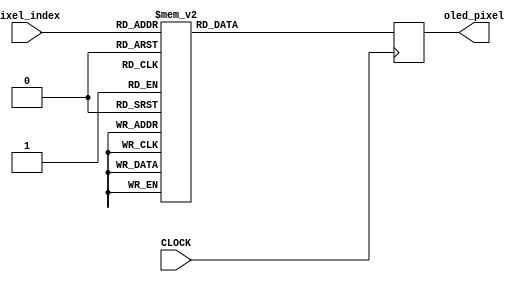
`timescale 1ns / 1ps

//////////////////////////////////////////////////////////////////////////////////
//
//  FILL IN THE FOLLOWING INFORMATION:
//  STUDENT A NAME: 
//  STUDENT B NAME:
//  STUDENT C NAME: 
//  STUDENT D NAME:  
//
//////////////////////////////////////////////////////////////////////////////////


module recognition(input CLOCK,input [10:0] pixel_index, output reg [15:0] oled_pixel = 0);

always@(posedge CLOCK) begin
case(pixel_index)
104:oled_pixel <= 16'b1111111111111111;
105:oled_pixel <= 16'b1111111111111111;
106:oled_pixel <= 16'b1111111111111111;
107:oled_pixel <= 16'b1111111111111111;
111:oled_pixel <= 16'b1111111111111111;
112:oled_pixel <= 16'b1111111111111111;
113:oled_pixel <= 16'b1111111111111111;
114:oled_pixel <= 16'b1111111111111111;
118:oled_pixel <= 16'b1111111111111111;
119:oled_pixel <= 16'b1111111111111111;
120:oled_pixel <= 16'b1111111111111111;
121:oled_pixel <= 16'b1111111111111111;
125:oled_pixel <= 16'b1111111111111111;
126:oled_pixel <= 16'b1111111111111111;
127:oled_pixel <= 16'b1111111111111111;
128:oled_pixel <= 16'b1111111111111111;
129:oled_pixel <= 16'b1111111111111111;
130:oled_pixel <= 16'b1111111111111111;
134:oled_pixel <= 16'b1111111111111111;
135:oled_pixel <= 16'b1111111111111111;
136:oled_pixel <= 16'b1111111111111111;
137:oled_pixel <= 16'b1111111111111111;
138:oled_pixel <= 16'b1111111111111111;
142:oled_pixel <= 16'b1111111111111111;
147:oled_pixel <= 16'b1111111111111111;
151:oled_pixel <= 16'b1111111111111111;
154:oled_pixel <= 16'b1111111111111111;
155:oled_pixel <= 16'b1111111111111111;
156:oled_pixel <= 16'b1111111111111111;
157:oled_pixel <= 16'b1111111111111111;
158:oled_pixel <= 16'b1111111111111111;
159:oled_pixel <= 16'b1111111111111111;
160:oled_pixel <= 16'b1111111111111111;
161:oled_pixel <= 16'b1111111111111111;
165:oled_pixel <= 16'b1111111111111111;
168:oled_pixel <= 16'b1111111111111111;
169:oled_pixel <= 16'b1111111111111111;
170:oled_pixel <= 16'b1111111111111111;
171:oled_pixel <= 16'b1111111111111111;
172:oled_pixel <= 16'b1111111111111111;
173:oled_pixel <= 16'b1111111111111111;
177:oled_pixel <= 16'b1111111111111111;
182:oled_pixel <= 16'b1111111111111111;
199:oled_pixel <= 16'b1111111111111111;
200:oled_pixel <= 16'b1111111111111111;
201:oled_pixel <= 16'b1111111111111111;
202:oled_pixel <= 16'b1111111111111111;
203:oled_pixel <= 16'b1111111111111111;
204:oled_pixel <= 16'b1111111111111111;
206:oled_pixel <= 16'b1111111111111111;
207:oled_pixel <= 16'b1111111111111111;
208:oled_pixel <= 16'b1111111111111111;
209:oled_pixel <= 16'b1111111111111111;
210:oled_pixel <= 16'b1111111111111111;
211:oled_pixel <= 16'b1111111111111111;
213:oled_pixel <= 16'b1111111111111111;
214:oled_pixel <= 16'b1111111111111111;
215:oled_pixel <= 16'b1111111111111111;
216:oled_pixel <= 16'b1111111111111111;
217:oled_pixel <= 16'b1111111111111111;
218:oled_pixel <= 16'b1111111111111111;
220:oled_pixel <= 16'b1111111111111111;
221:oled_pixel <= 16'b1111111111111111;
222:oled_pixel <= 16'b1111111111111111;
223:oled_pixel <= 16'b1111111111111111;
224:oled_pixel <= 16'b1111111111111111;
225:oled_pixel <= 16'b1111111111111111;
226:oled_pixel <= 16'b1111111111111111;
227:oled_pixel <= 16'b1111111111111111;
229:oled_pixel <= 16'b1111111111111111;
230:oled_pixel <= 16'b1111111111111111;
231:oled_pixel <= 16'b1111111111111111;
232:oled_pixel <= 16'b1111111111111111;
233:oled_pixel <= 16'b1111111111111111;
234:oled_pixel <= 16'b1111111111111111;
235:oled_pixel <= 16'b1111111111111111;
237:oled_pixel <= 16'b1111111111111111;
238:oled_pixel <= 16'b1111111111111111;
239:oled_pixel <= 16'b1111111111111111;
243:oled_pixel <= 16'b1111111111111111;
244:oled_pixel <= 16'b1111111111111111;
246:oled_pixel <= 16'b1111111111111111;
247:oled_pixel <= 16'b1111111111111111;
249:oled_pixel <= 16'b1111111111111111;
250:oled_pixel <= 16'b1111111111111111;
251:oled_pixel <= 16'b1111111111111111;
252:oled_pixel <= 16'b1111111111111111;
253:oled_pixel <= 16'b1111111111111111;
254:oled_pixel <= 16'b1111111111111111;
255:oled_pixel <= 16'b1111111111111111;
256:oled_pixel <= 16'b1111111111111111;
257:oled_pixel <= 16'b1111111111111111;
258:oled_pixel <= 16'b1111111111111111;
260:oled_pixel <= 16'b1111111111111111;
261:oled_pixel <= 16'b1111111111111111;
263:oled_pixel <= 16'b1111111111111111;
264:oled_pixel <= 16'b1111111111111111;
265:oled_pixel <= 16'b1111111111111111;
266:oled_pixel <= 16'b1111111111111111;
267:oled_pixel <= 16'b1111111111111111;
268:oled_pixel <= 16'b1111111111111111;
269:oled_pixel <= 16'b1111111111111111;
270:oled_pixel <= 16'b1111111111111111;
272:oled_pixel <= 16'b1111111111111111;
273:oled_pixel <= 16'b1111111111111111;
274:oled_pixel <= 16'b1111111111111111;
278:oled_pixel <= 16'b1111111111111111;
279:oled_pixel <= 16'b1111111111111111;
295:oled_pixel <= 16'b1111111111111111;
296:oled_pixel <= 16'b1111111111111111;
299:oled_pixel <= 16'b1111111111111111;
300:oled_pixel <= 16'b1111111111111111;
302:oled_pixel <= 16'b1111111111111111;
303:oled_pixel <= 16'b1111111111111111;
304:oled_pixel <= 16'b1111111111111111;
309:oled_pixel <= 16'b1111111111111111;
310:oled_pixel <= 16'b1111111111111111;
311:oled_pixel <= 16'b1111111111111111;
316:oled_pixel <= 16'b1111111111111111;
317:oled_pixel <= 16'b1111111111111111;
318:oled_pixel <= 16'b1111111111111111;
321:oled_pixel <= 16'b1111111111111111;
322:oled_pixel <= 16'b1111111111111111;
323:oled_pixel <= 16'b1111111111111111;
325:oled_pixel <= 16'b1111111111111111;
326:oled_pixel <= 16'b1111111111111111;
327:oled_pixel <= 16'b1111111111111111;
333:oled_pixel <= 16'b1111111111111111;
334:oled_pixel <= 16'b1111111111111111;
335:oled_pixel <= 16'b1111111111111111;
336:oled_pixel <= 16'b1111111111111111;
339:oled_pixel <= 16'b1111111111111111;
340:oled_pixel <= 16'b1111111111111111;
342:oled_pixel <= 16'b1111111111111111;
343:oled_pixel <= 16'b1111111111111111;
349:oled_pixel <= 16'b1111111111111111;
350:oled_pixel <= 16'b1111111111111111;
356:oled_pixel <= 16'b1111111111111111;
357:oled_pixel <= 16'b1111111111111111;
359:oled_pixel <= 16'b1111111111111111;
360:oled_pixel <= 16'b1111111111111111;
361:oled_pixel <= 16'b1111111111111111;
364:oled_pixel <= 16'b1111111111111111;
365:oled_pixel <= 16'b1111111111111111;
366:oled_pixel <= 16'b1111111111111111;
368:oled_pixel <= 16'b1111111111111111;
369:oled_pixel <= 16'b1111111111111111;
370:oled_pixel <= 16'b1111111111111111;
371:oled_pixel <= 16'b1111111111111111;
374:oled_pixel <= 16'b1111111111111111;
375:oled_pixel <= 16'b1111111111111111;
391:oled_pixel <= 16'b1111111111111111;
392:oled_pixel <= 16'b1111111111111111;
395:oled_pixel <= 16'b1111111111111111;
396:oled_pixel <= 16'b1111111111111111;
398:oled_pixel <= 16'b1111111111111111;
399:oled_pixel <= 16'b1111111111111111;
405:oled_pixel <= 16'b1111111111111111;
406:oled_pixel <= 16'b1111111111111111;
412:oled_pixel <= 16'b1111111111111111;
413:oled_pixel <= 16'b1111111111111111;
418:oled_pixel <= 16'b1111111111111111;
419:oled_pixel <= 16'b1111111111111111;
421:oled_pixel <= 16'b1111111111111111;
422:oled_pixel <= 16'b1111111111111111;
429:oled_pixel <= 16'b1111111111111111;
430:oled_pixel <= 16'b1111111111111111;
431:oled_pixel <= 16'b1111111111111111;
432:oled_pixel <= 16'b1111111111111111;
433:oled_pixel <= 16'b1111111111111111;
435:oled_pixel <= 16'b1111111111111111;
436:oled_pixel <= 16'b1111111111111111;
438:oled_pixel <= 16'b1111111111111111;
439:oled_pixel <= 16'b1111111111111111;
445:oled_pixel <= 16'b1111111111111111;
446:oled_pixel <= 16'b1111111111111111;
452:oled_pixel <= 16'b1111111111111111;
453:oled_pixel <= 16'b1111111111111111;
455:oled_pixel <= 16'b1111111111111111;
456:oled_pixel <= 16'b1111111111111111;
461:oled_pixel <= 16'b1111111111111111;
462:oled_pixel <= 16'b1111111111111111;
464:oled_pixel <= 16'b1111111111111111;
465:oled_pixel <= 16'b1111111111111111;
466:oled_pixel <= 16'b1111111111111111;
467:oled_pixel <= 16'b1111111111111111;
468:oled_pixel <= 16'b1111111111111111;
470:oled_pixel <= 16'b1111111111111111;
471:oled_pixel <= 16'b1111111111111111;
487:oled_pixel <= 16'b1111111111111111;
488:oled_pixel <= 16'b1111111111111111;
490:oled_pixel <= 16'b1111111111111111;
491:oled_pixel <= 16'b1111111111111111;
492:oled_pixel <= 16'b1111111111111111;
494:oled_pixel <= 16'b1111111111111111;
495:oled_pixel <= 16'b1111111111111111;
496:oled_pixel <= 16'b1111111111111111;
497:oled_pixel <= 16'b1111111111111111;
501:oled_pixel <= 16'b1111111111111111;
502:oled_pixel <= 16'b1111111111111111;
508:oled_pixel <= 16'b1111111111111111;
509:oled_pixel <= 16'b1111111111111111;
514:oled_pixel <= 16'b1111111111111111;
515:oled_pixel <= 16'b1111111111111111;
517:oled_pixel <= 16'b1111111111111111;
518:oled_pixel <= 16'b1111111111111111;
521:oled_pixel <= 16'b1111111111111111;
522:oled_pixel <= 16'b1111111111111111;
523:oled_pixel <= 16'b1111111111111111;
525:oled_pixel <= 16'b1111111111111111;
526:oled_pixel <= 16'b1111111111111111;
528:oled_pixel <= 16'b1111111111111111;
529:oled_pixel <= 16'b1111111111111111;
530:oled_pixel <= 16'b1111111111111111;
531:oled_pixel <= 16'b1111111111111111;
532:oled_pixel <= 16'b1111111111111111;
534:oled_pixel <= 16'b1111111111111111;
535:oled_pixel <= 16'b1111111111111111;
541:oled_pixel <= 16'b1111111111111111;
542:oled_pixel <= 16'b1111111111111111;
548:oled_pixel <= 16'b1111111111111111;
549:oled_pixel <= 16'b1111111111111111;
551:oled_pixel <= 16'b1111111111111111;
552:oled_pixel <= 16'b1111111111111111;
557:oled_pixel <= 16'b1111111111111111;
558:oled_pixel <= 16'b1111111111111111;
560:oled_pixel <= 16'b1111111111111111;
561:oled_pixel <= 16'b1111111111111111;
563:oled_pixel <= 16'b1111111111111111;
564:oled_pixel <= 16'b1111111111111111;
565:oled_pixel <= 16'b1111111111111111;
566:oled_pixel <= 16'b1111111111111111;
567:oled_pixel <= 16'b1111111111111111;
583:oled_pixel <= 16'b1111111111111111;
584:oled_pixel <= 16'b1111111111111111;
585:oled_pixel <= 16'b1111111111111111;
586:oled_pixel <= 16'b1111111111111111;
587:oled_pixel <= 16'b1111111111111111;
590:oled_pixel <= 16'b1111111111111111;
591:oled_pixel <= 16'b1111111111111111;
592:oled_pixel <= 16'b1111111111111111;
593:oled_pixel <= 16'b1111111111111111;
597:oled_pixel <= 16'b1111111111111111;
598:oled_pixel <= 16'b1111111111111111;
604:oled_pixel <= 16'b1111111111111111;
605:oled_pixel <= 16'b1111111111111111;
610:oled_pixel <= 16'b1111111111111111;
611:oled_pixel <= 16'b1111111111111111;
613:oled_pixel <= 16'b1111111111111111;
614:oled_pixel <= 16'b1111111111111111;
616:oled_pixel <= 16'b1111111111111111;
617:oled_pixel <= 16'b1111111111111111;
618:oled_pixel <= 16'b1111111111111111;
619:oled_pixel <= 16'b1111111111111111;
621:oled_pixel <= 16'b1111111111111111;
622:oled_pixel <= 16'b1111111111111111;
625:oled_pixel <= 16'b1111111111111111;
626:oled_pixel <= 16'b1111111111111111;
627:oled_pixel <= 16'b1111111111111111;
628:oled_pixel <= 16'b1111111111111111;
630:oled_pixel <= 16'b1111111111111111;
631:oled_pixel <= 16'b1111111111111111;
637:oled_pixel <= 16'b1111111111111111;
638:oled_pixel <= 16'b1111111111111111;
644:oled_pixel <= 16'b1111111111111111;
645:oled_pixel <= 16'b1111111111111111;
647:oled_pixel <= 16'b1111111111111111;
648:oled_pixel <= 16'b1111111111111111;
653:oled_pixel <= 16'b1111111111111111;
654:oled_pixel <= 16'b1111111111111111;
656:oled_pixel <= 16'b1111111111111111;
657:oled_pixel <= 16'b1111111111111111;
660:oled_pixel <= 16'b1111111111111111;
661:oled_pixel <= 16'b1111111111111111;
662:oled_pixel <= 16'b1111111111111111;
663:oled_pixel <= 16'b1111111111111111;
679:oled_pixel <= 16'b1111111111111111;
680:oled_pixel <= 16'b1111111111111111;
681:oled_pixel <= 16'b1111111111111111;
682:oled_pixel <= 16'b1111111111111111;
686:oled_pixel <= 16'b1111111111111111;
687:oled_pixel <= 16'b1111111111111111;
693:oled_pixel <= 16'b1111111111111111;
694:oled_pixel <= 16'b1111111111111111;
700:oled_pixel <= 16'b1111111111111111;
701:oled_pixel <= 16'b1111111111111111;
706:oled_pixel <= 16'b1111111111111111;
707:oled_pixel <= 16'b1111111111111111;
709:oled_pixel <= 16'b1111111111111111;
710:oled_pixel <= 16'b1111111111111111;
714:oled_pixel <= 16'b1111111111111111;
715:oled_pixel <= 16'b1111111111111111;
717:oled_pixel <= 16'b1111111111111111;
718:oled_pixel <= 16'b1111111111111111;
722:oled_pixel <= 16'b1111111111111111;
723:oled_pixel <= 16'b1111111111111111;
724:oled_pixel <= 16'b1111111111111111;
726:oled_pixel <= 16'b1111111111111111;
727:oled_pixel <= 16'b1111111111111111;
733:oled_pixel <= 16'b1111111111111111;
734:oled_pixel <= 16'b1111111111111111;
740:oled_pixel <= 16'b1111111111111111;
741:oled_pixel <= 16'b1111111111111111;
743:oled_pixel <= 16'b1111111111111111;
744:oled_pixel <= 16'b1111111111111111;
749:oled_pixel <= 16'b1111111111111111;
750:oled_pixel <= 16'b1111111111111111;
752:oled_pixel <= 16'b1111111111111111;
753:oled_pixel <= 16'b1111111111111111;
757:oled_pixel <= 16'b1111111111111111;
758:oled_pixel <= 16'b1111111111111111;
759:oled_pixel <= 16'b1111111111111111;
775:oled_pixel <= 16'b1111111111111111;
776:oled_pixel <= 16'b1111111111111111;
777:oled_pixel <= 16'b1111111111111111;
778:oled_pixel <= 16'b1111111111111111;
779:oled_pixel <= 16'b1111111111111111;
782:oled_pixel <= 16'b1111111111111111;
783:oled_pixel <= 16'b1111111111111111;
784:oled_pixel <= 16'b1111111111111111;
789:oled_pixel <= 16'b1111111111111111;
790:oled_pixel <= 16'b1111111111111111;
791:oled_pixel <= 16'b1111111111111111;
796:oled_pixel <= 16'b1111111111111111;
797:oled_pixel <= 16'b1111111111111111;
798:oled_pixel <= 16'b1111111111111111;
801:oled_pixel <= 16'b1111111111111111;
802:oled_pixel <= 16'b1111111111111111;
803:oled_pixel <= 16'b1111111111111111;
805:oled_pixel <= 16'b1111111111111111;
806:oled_pixel <= 16'b1111111111111111;
807:oled_pixel <= 16'b1111111111111111;
810:oled_pixel <= 16'b1111111111111111;
811:oled_pixel <= 16'b1111111111111111;
813:oled_pixel <= 16'b1111111111111111;
814:oled_pixel <= 16'b1111111111111111;
819:oled_pixel <= 16'b1111111111111111;
820:oled_pixel <= 16'b1111111111111111;
822:oled_pixel <= 16'b1111111111111111;
823:oled_pixel <= 16'b1111111111111111;
829:oled_pixel <= 16'b1111111111111111;
830:oled_pixel <= 16'b1111111111111111;
836:oled_pixel <= 16'b1111111111111111;
837:oled_pixel <= 16'b1111111111111111;
839:oled_pixel <= 16'b1111111111111111;
840:oled_pixel <= 16'b1111111111111111;
841:oled_pixel <= 16'b1111111111111111;
844:oled_pixel <= 16'b1111111111111111;
845:oled_pixel <= 16'b1111111111111111;
846:oled_pixel <= 16'b1111111111111111;
848:oled_pixel <= 16'b1111111111111111;
849:oled_pixel <= 16'b1111111111111111;
854:oled_pixel <= 16'b1111111111111111;
855:oled_pixel <= 16'b1111111111111111;
871:oled_pixel <= 16'b1111111111111111;
872:oled_pixel <= 16'b1111111111111111;
874:oled_pixel <= 16'b1111111111111111;
875:oled_pixel <= 16'b1111111111111111;
876:oled_pixel <= 16'b1111111111111111;
878:oled_pixel <= 16'b1111111111111111;
879:oled_pixel <= 16'b1111111111111111;
880:oled_pixel <= 16'b1111111111111111;
881:oled_pixel <= 16'b1111111111111111;
882:oled_pixel <= 16'b1111111111111111;
883:oled_pixel <= 16'b1111111111111111;
885:oled_pixel <= 16'b1111111111111111;
886:oled_pixel <= 16'b1111111111111111;
887:oled_pixel <= 16'b1111111111111111;
888:oled_pixel <= 16'b1111111111111111;
889:oled_pixel <= 16'b1111111111111111;
890:oled_pixel <= 16'b1111111111111111;
892:oled_pixel <= 16'b1111111111111111;
893:oled_pixel <= 16'b1111111111111111;
894:oled_pixel <= 16'b1111111111111111;
895:oled_pixel <= 16'b1111111111111111;
896:oled_pixel <= 16'b1111111111111111;
897:oled_pixel <= 16'b1111111111111111;
898:oled_pixel <= 16'b1111111111111111;
899:oled_pixel <= 16'b1111111111111111;
901:oled_pixel <= 16'b1111111111111111;
902:oled_pixel <= 16'b1111111111111111;
903:oled_pixel <= 16'b1111111111111111;
904:oled_pixel <= 16'b1111111111111111;
905:oled_pixel <= 16'b1111111111111111;
906:oled_pixel <= 16'b1111111111111111;
907:oled_pixel <= 16'b1111111111111111;
909:oled_pixel <= 16'b1111111111111111;
910:oled_pixel <= 16'b1111111111111111;
915:oled_pixel <= 16'b1111111111111111;
916:oled_pixel <= 16'b1111111111111111;
918:oled_pixel <= 16'b1111111111111111;
919:oled_pixel <= 16'b1111111111111111;
925:oled_pixel <= 16'b1111111111111111;
926:oled_pixel <= 16'b1111111111111111;
932:oled_pixel <= 16'b1111111111111111;
933:oled_pixel <= 16'b1111111111111111;
935:oled_pixel <= 16'b1111111111111111;
936:oled_pixel <= 16'b1111111111111111;
937:oled_pixel <= 16'b1111111111111111;
938:oled_pixel <= 16'b1111111111111111;
939:oled_pixel <= 16'b1111111111111111;
940:oled_pixel <= 16'b1111111111111111;
941:oled_pixel <= 16'b1111111111111111;
942:oled_pixel <= 16'b1111111111111111;
944:oled_pixel <= 16'b1111111111111111;
945:oled_pixel <= 16'b1111111111111111;
950:oled_pixel <= 16'b1111111111111111;
951:oled_pixel <= 16'b1111111111111111;
968:oled_pixel <= 16'b1111111111111111;
971:oled_pixel <= 16'b1111111111111111;
972:oled_pixel <= 16'b1111111111111111;
975:oled_pixel <= 16'b1111111111111111;
976:oled_pixel <= 16'b1111111111111111;
977:oled_pixel <= 16'b1111111111111111;
978:oled_pixel <= 16'b1111111111111111;
982:oled_pixel <= 16'b1111111111111111;
983:oled_pixel <= 16'b1111111111111111;
984:oled_pixel <= 16'b1111111111111111;
985:oled_pixel <= 16'b1111111111111111;
989:oled_pixel <= 16'b1111111111111111;
990:oled_pixel <= 16'b1111111111111111;
991:oled_pixel <= 16'b1111111111111111;
992:oled_pixel <= 16'b1111111111111111;
993:oled_pixel <= 16'b1111111111111111;
994:oled_pixel <= 16'b1111111111111111;
998:oled_pixel <= 16'b1111111111111111;
999:oled_pixel <= 16'b1111111111111111;
1000:oled_pixel <= 16'b1111111111111111;
1001:oled_pixel <= 16'b1111111111111111;
1002:oled_pixel <= 16'b1111111111111111;
1006:oled_pixel <= 16'b1111111111111111;
1011:oled_pixel <= 16'b1111111111111111;
1014:oled_pixel <= 16'b1111111111111111;
1021:oled_pixel <= 16'b1111111111111111;
1028:oled_pixel <= 16'b1111111111111111;
1032:oled_pixel <= 16'b1111111111111111;
1033:oled_pixel <= 16'b1111111111111111;
1034:oled_pixel <= 16'b1111111111111111;
1035:oled_pixel <= 16'b1111111111111111;
1036:oled_pixel <= 16'b1111111111111111;
1037:oled_pixel <= 16'b1111111111111111;
1041:oled_pixel <= 16'b1111111111111111;
1046:oled_pixel <= 16'b1111111111111111;
default:oled_pixel<=0;
endcase

end
endmodule